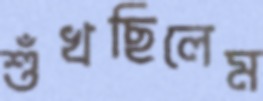
শুঁখছিলেম